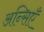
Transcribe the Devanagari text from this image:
अन्सिएँ